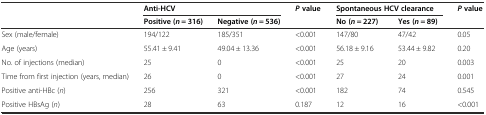
<table><thead><tr><td rowspan="2"></td><td colspan="2"><b>Anti-HCV</b></td><td rowspan="2"><b><i>P</i>value</b></td><td colspan="2"><b>Spontaneous HCV clearance</b></td><td rowspan="2"><b><i>P</i>value</b></td></tr><tr><td><b>Positive (<i>n</i> = 316)</b></td><td><b>Negative (<i>n</i> = 536)</b></td><td><b>No (<i>n</i> = 227)</b></td><td><b>Yes (<i>n</i> = 89)</b></td></tr></thead><tbody><tr><td>Sex (male/female)</td><td>194/122</td><td>185/351</td><td>&lt;0.001</td><td>147/80</td><td>47/42</td><td>0.05</td></tr><tr><td>Age (years)</td><td>55.41 ± 9.41</td><td>49.04 ± 13.36</td><td>&lt;0.001</td><td>56.18 ± 9.16</td><td>53.44 ± 9.82</td><td>0.20</td></tr><tr><td>No. of injections (median)</td><td>25</td><td>0</td><td>&lt;0.001</td><td>25</td><td>20</td><td>0.003</td></tr><tr><td>Time from first injection (years, median)</td><td>26</td><td>0</td><td>&lt;0.001</td><td>27</td><td>24</td><td>0.001</td></tr><tr><td>Positive anti-HBc (<i>n</i>)</td><td>256</td><td>321</td><td>&lt;0.001</td><td>182</td><td>74</td><td>0.545</td></tr><tr><td>Positive HBsAg (<i>n</i>)</td><td>28</td><td>63</td><td>0.187</td><td>12</td><td>16</td><td>&lt;0.001</td></tr></tbody></table>